Annual vaccination report of Bihar and Orissa - 1911-1928
Year: 1911
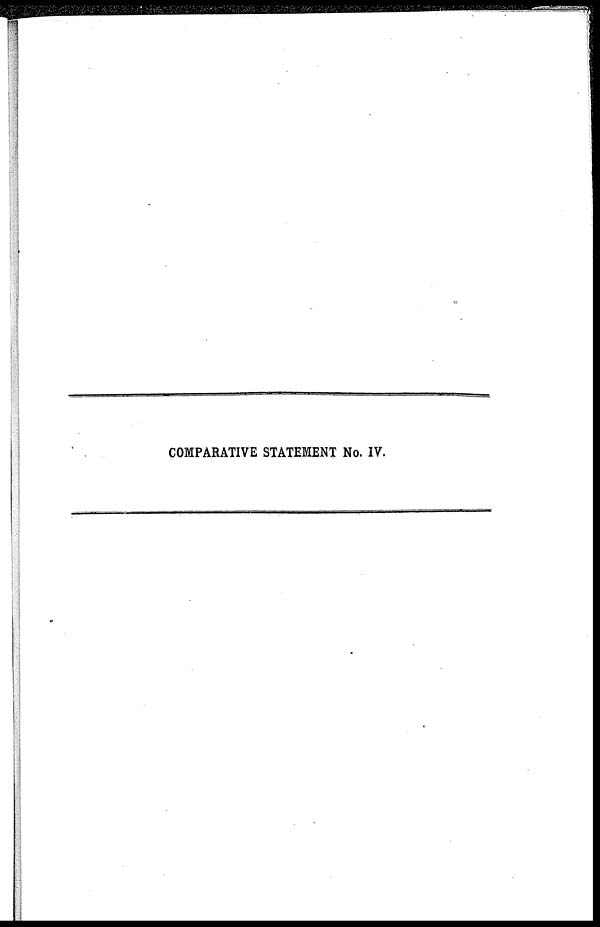
COMPARATIVE STATEMENT No. IV.